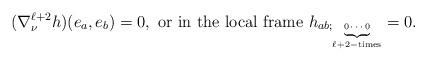
LaTeX: \begin{align*}(\nabla^{\ell+2}_\nu h)(e_a, e_b)=0, \mbox{ or in the local frame } h_{ab;\tiny\underbrace{0\cdots 0}_{\ell+2-\mbox{times}}} = 0.\end{align*}